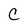
Character: C